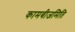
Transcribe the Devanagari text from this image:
कामबीजमिति